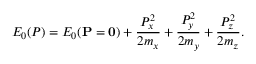
E _ { 0 } ( P ) = E _ { 0 } ( \mathbf { P = 0 } ) + \frac { P _ { x } ^ { 2 } } { 2 m _ { x } } + \frac { P _ { y } ^ { 2 } } { 2 m _ { y } } + \frac { P _ { z } ^ { 2 } } { 2 m _ { z } } .